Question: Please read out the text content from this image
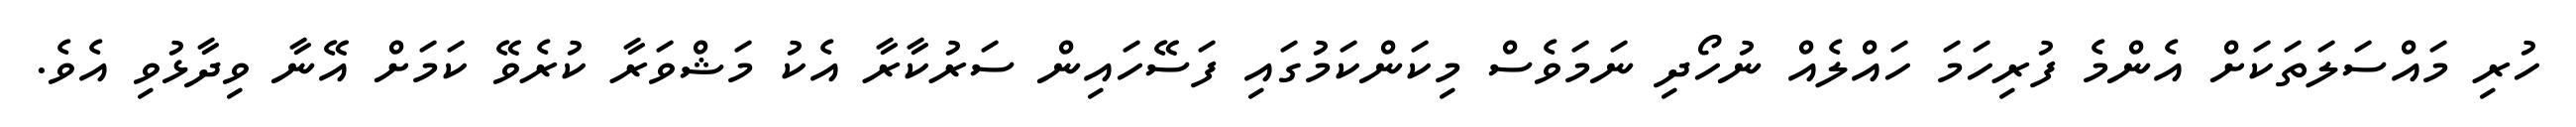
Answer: ހުރި މައްސަލަތަކަށް އެންމެ ފުރިހަމަ ހައްލެއް ނުހޯދި ނަމަވެސް މިކަންކަމުގައި ފަސޭހައިން ސަރުކާރާ އެކު މަޝްވަރާ ކުރެވޭ ކަމަށް އޭނާ ވިދާޅުވި އެވެ.